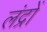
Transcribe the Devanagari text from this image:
लंद्रों